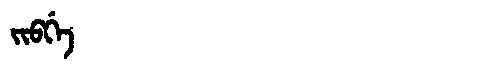
Manchu: ᠵᡳᠪᡤᡝ
Romanization: JIBGE